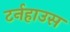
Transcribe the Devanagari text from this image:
टर्नहाउस